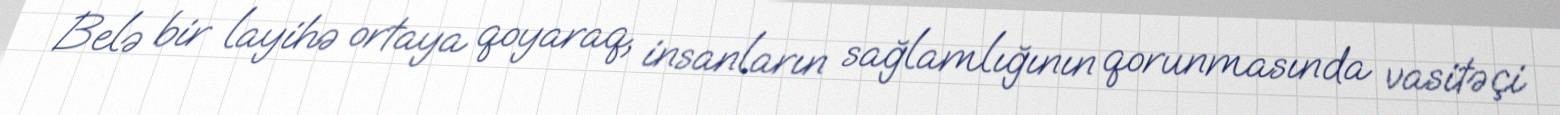
Belə bir layihə ortaya qoyaraq, insanların sağlamlığının qorunmasında vasitəçi